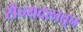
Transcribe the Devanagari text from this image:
सैन्यदलातून